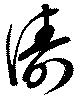
濤